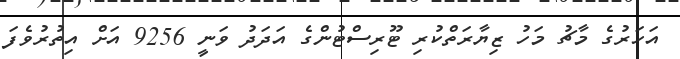
އަހަރުގެ މާޗު މަހު ޒިޔާރަތްކުރި ޓޫރިސްޓުންގެ އަދަދު ވަނީ 9256 އަށް އިތުރުވެފަ